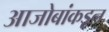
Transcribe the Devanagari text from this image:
आजोबांकडून